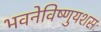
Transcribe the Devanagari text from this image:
भवनेविष्णुयशसः